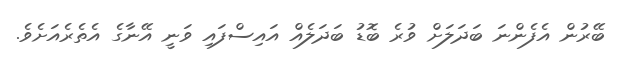
ބޭރުން އެފެންނަ ބަދަލަށް ވުރެ ބޮޑު ބަދަލެއް އައިސްފައި ވަނީ އޭނާގެ އެތެރެއަށެވެ.